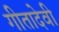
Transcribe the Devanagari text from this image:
गीतादेवी